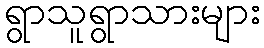
ရွာသူရွာသားများ